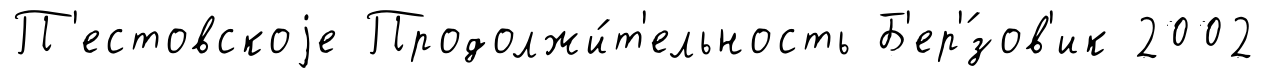
П'естовскоjе Продолжи́т'ельность Б'ер'́зов'ик 2002